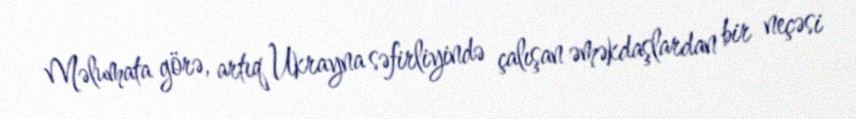
Məlumata görə, artıq Ukrayna səfirliyində çalışan əməkdaşlardan bir neçəsi